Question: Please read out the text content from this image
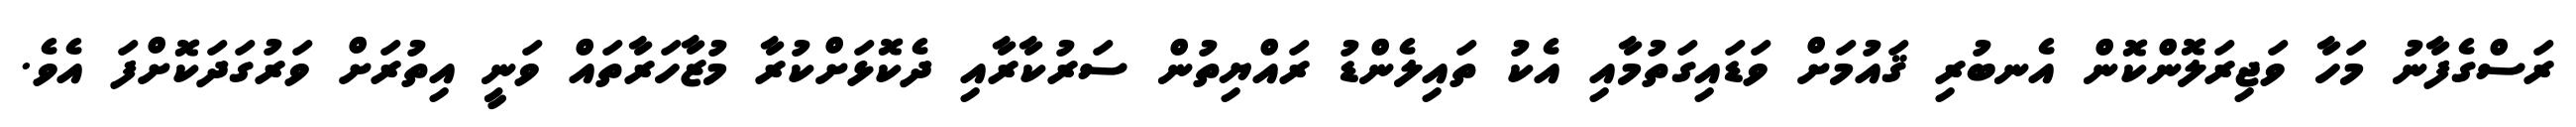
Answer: ރަސްގެފާނު މަހާ ވަޖިރަލޮންކޮން އެނބުރި ޤައުމަށް ވަޑައިގަތުމާއި އެކު ތައިލެންޑު ރައްޔިތުން ސަރުކާރާއި ދެކޮޅަށްކުރާ މުޒާހަރާތައް ވަނީ އިތުރަށް ވަރުގަދަކޮށްފަ އެވެ.